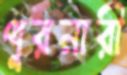
পুরনারী